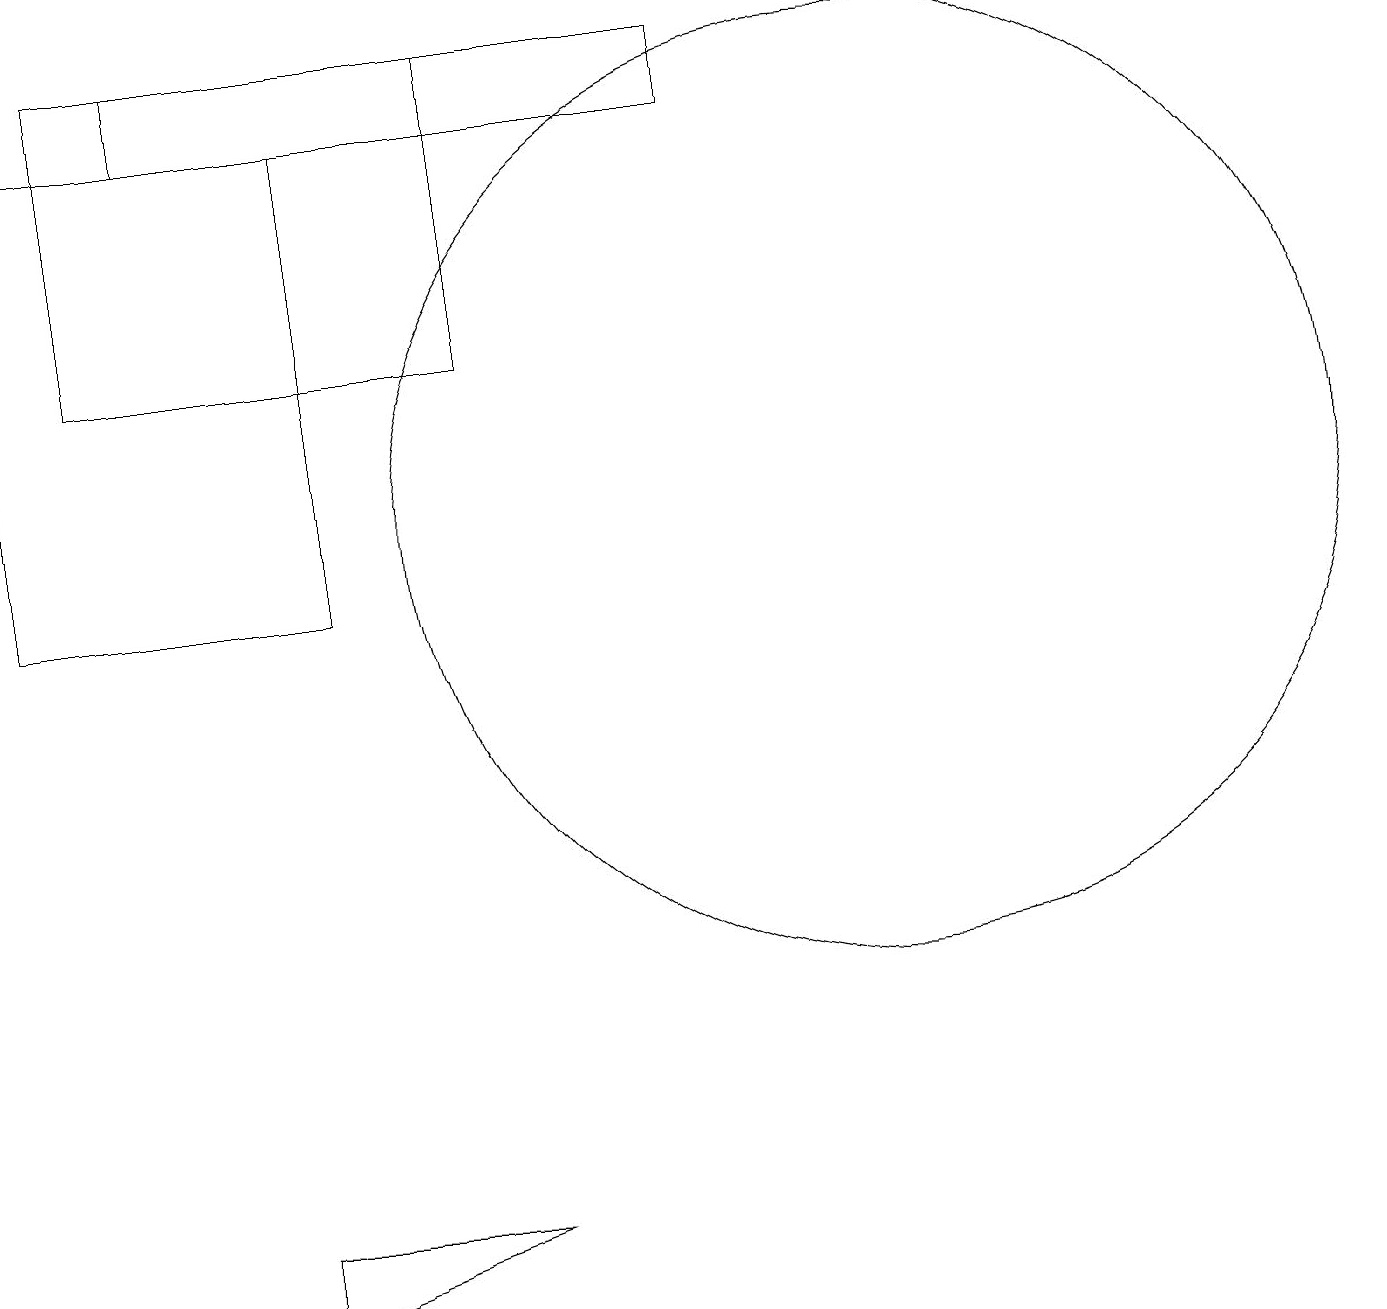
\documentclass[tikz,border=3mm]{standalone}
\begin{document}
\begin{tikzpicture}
\draw (9,17) rectangle (2,16);
\draw (11,11) circle (6);
\draw (3,1) -- (3,2) -- (6,2) -- cycle;
\draw (4,16) rectangle (0,10);
\draw (1,17) rectangle (6,13);
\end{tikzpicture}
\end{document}